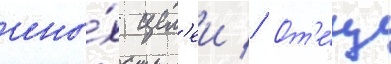
ины́х цел'еи // От'е́ц